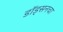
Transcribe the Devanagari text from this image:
डॉड्सनचा